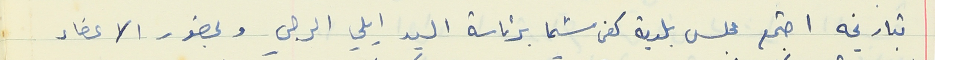
بتاريخه اجتمع مجلس بلدية كفرشيما برئاسة السيد ايلي الرجي وبحضور الاعضاء .